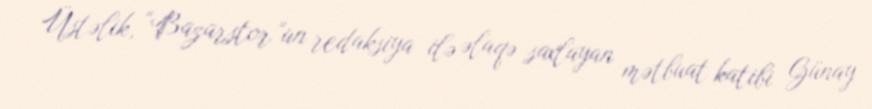
Üstəlik, “Bazarstor”un redaksiya ilə əlaqə saxlayan mətbuat katibi Günay